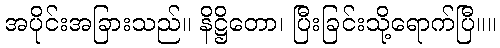
အပိုင်းအခြားသည်။ နိဋ္ဌိတော၊ ပြီးခြင်းသို့ရောက်ပြီ။။